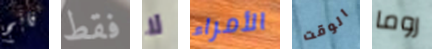
فانج فقط لا الأمراء الوقت روما